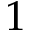
1